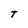
Character: t